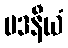
မဒနီယံ